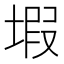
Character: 𱗙